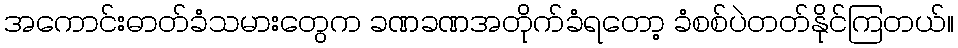
အကောင်းဓာတ်ခံသမားတွေက ခဏခဏအတိုက်ခံရတော့ ခံစစ်ပဲတတ်နိုင်ကြတယ်။